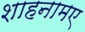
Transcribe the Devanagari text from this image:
शाहनामए